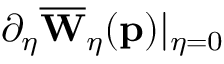
\partial _ { \eta } \overline { { \mathbf { W } } } _ { \eta } ( \mathbf { p } ) \vert _ { \eta = 0 }